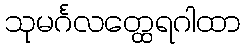
သုမင်္ဂလတ္ထေရဂါထာ